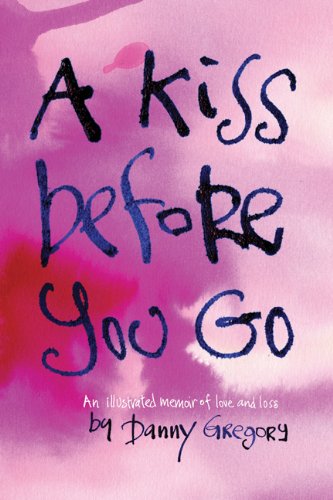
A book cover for A Kiss Before You Go: An Illustrated Memoir of Love and Loss; Danny Gregory; Arts & Photography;